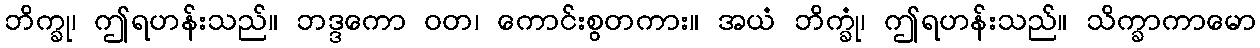
ဘိက္ခု၊ ဤရဟန်းသည်။ ဘဒ္ဒကော ဝတ၊ ကောင်းစွတကား။ အယံ ဘိက္ခုံ၊ ဤရဟန်းသည်။ သိက္ခာကာမော